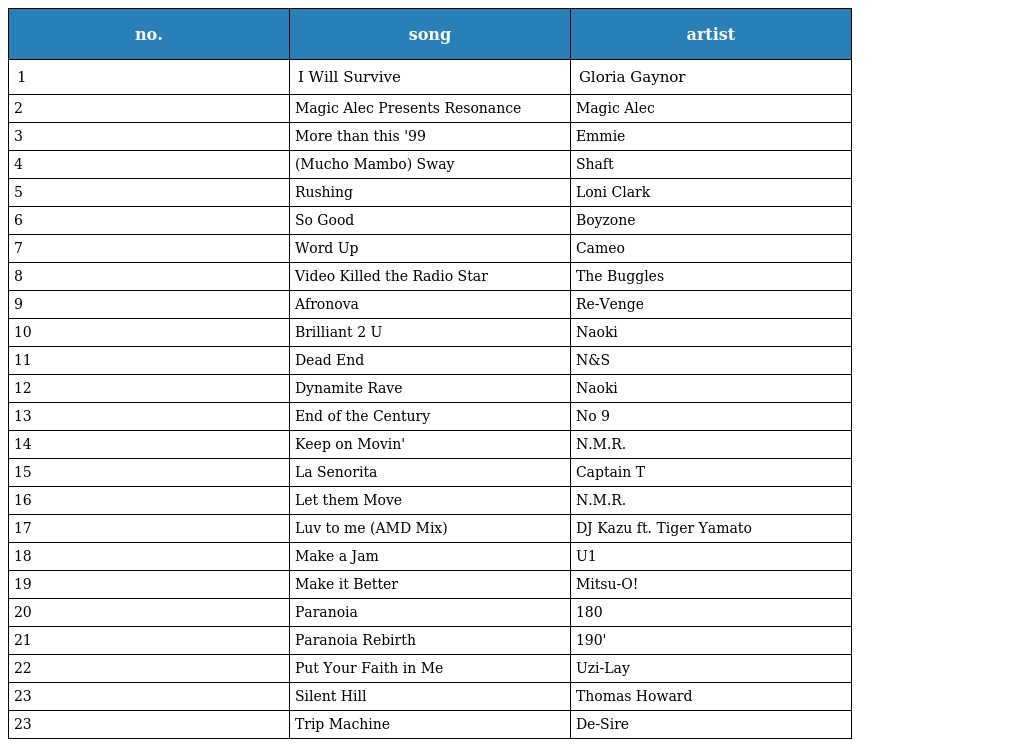
| no. | song | artist |
 | --- | --- | --- |
 | 1 | I Will Survive | Gloria Gaynor |
 | 2 | Magic Alec Presents Resonance | Magic Alec |
 | 3 | More than this '99 | Emmie |
 | 4 | (Mucho Mambo) Sway | Shaft |
 | 5 | Rushing | Loni Clark |
 | 6 | So Good | Boyzone |
 | 7 | Word Up | Cameo |
 | 8 | Video Killed the Radio Star | The Buggles |
 | 9 | Afronova | Re-Venge |
 | 10 | Brilliant 2 U | Naoki |
 | 11 | Dead End | N&S |
 | 12 | Dynamite Rave | Naoki |
 | 13 | End of the Century | No 9 |
 | 14 | Keep on Movin' | N.M.R. |
 | 15 | La Senorita | Captain T |
 | 16 | Let them Move | N.M.R. |
 | 17 | Luv to me (AMD Mix) | DJ Kazu ft. Tiger Yamato |
 | 18 | Make a Jam | U1 |
 | 19 | Make it Better | Mitsu-O! |
 | 20 | Paranoia | 180 |
 | 21 | Paranoia Rebirth | 190' |
 | 22 | Put Your Faith in Me | Uzi-Lay |
 | 23 | Silent Hill | Thomas Howard |
 | 23 | Trip Machine | De-Sire |